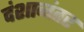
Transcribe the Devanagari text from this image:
दंशानंतर